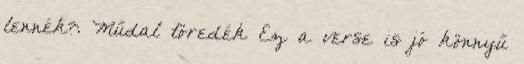
lennék?: Műdal töredék Ez a verse is jó könnyű